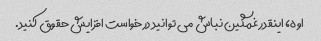
اوه، اینقدر غمگین نباش می توانید درخواست افزایش حقوق کنید.